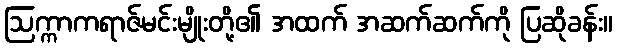
ဩက္ကာကရာဇ်မင်းမျိုးတို့၏ အထက် အဆက်ဆက်ကို ပြဆိုခန်း။